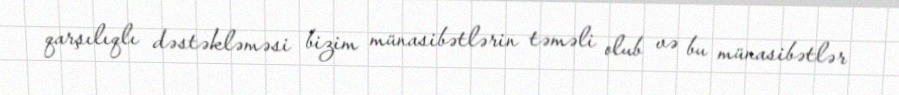
qarşılıqlı dəstəkləməsi bizim münasibətlərin təməli olub və bu münasibətlər